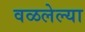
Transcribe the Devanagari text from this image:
वळलेल्या